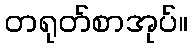
တရုတ်စာအုပ်။